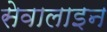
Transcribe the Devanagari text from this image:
सेवालाइन